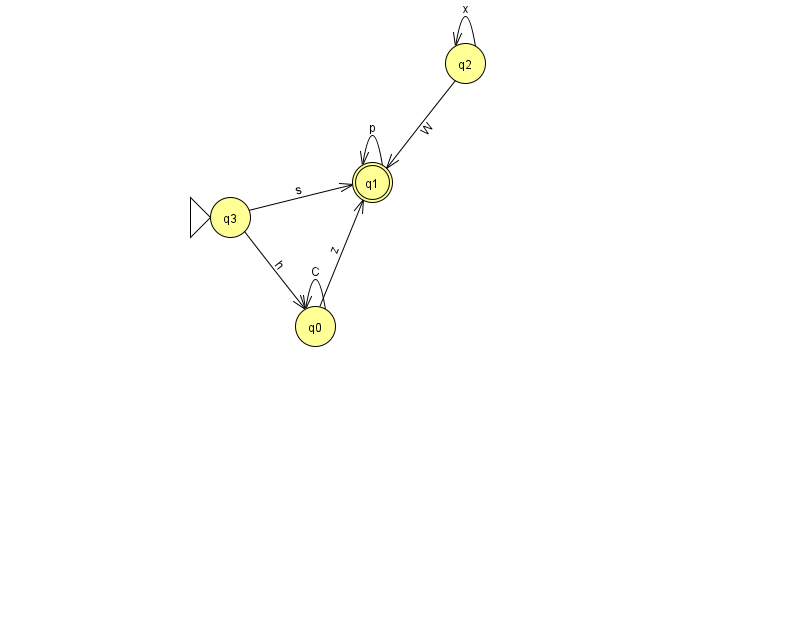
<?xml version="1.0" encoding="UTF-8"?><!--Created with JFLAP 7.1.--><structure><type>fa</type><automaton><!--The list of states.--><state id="0" name="q0"><x>315.0</x><y>313.0</y></state><state id="1" name="q1"><x>372.0</x><y>169.0</y><final/></state><state id="2" name="q2"><x>465.0</x><y>50.0</y></state><state id="3" name="q3"><x>230.0</x><y>204.0</y><initial/></state><!--The list of transitions.--><transition><from>1</from><to>1</to><read>p</read></transition><transition><from>0</from><to>0</to><read>C</read></transition><transition><from>0</from><to>1</to><read>z</read></transition><transition><from>2</from><to>2</to><read>x</read></transition><transition><from>3</from><to>1</to><read>s</read></transition><transition><from>3</from><to>0</to><read>h</read></transition><transition><from>2</from><to>1</to><read>W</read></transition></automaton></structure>